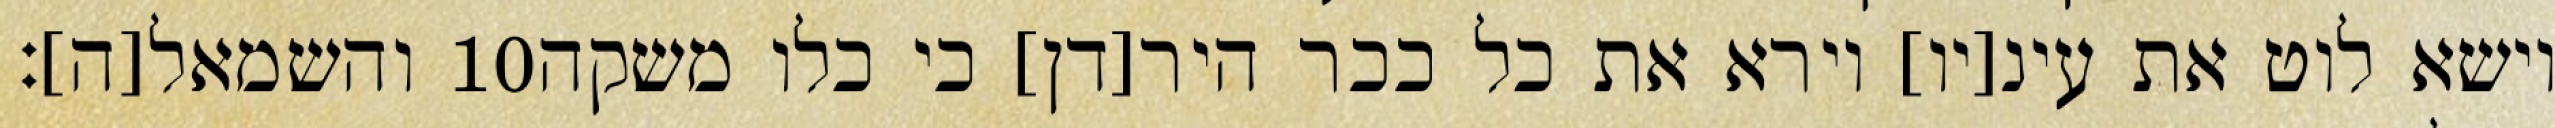
והשמאל[ה]׃ ‎10‏ וישא לוט את עינ[יו] וירא את כל ככר היר[דן] כי כלו משקה